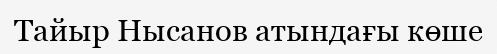
Тайыр Нысанов атындағы көше